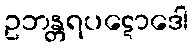
ဥဘန္တရပဋောဒေါ